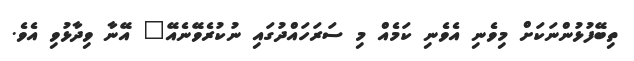
ތިބޭފުޅުންނަކަށް މިވެނި އެވެނި ކަމެއް މި ސަރަހައްދުގައި ނުކުރެވޭނެއޭ" އޭނާ ވިދާޅުވި އެވެ.